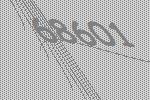
68601